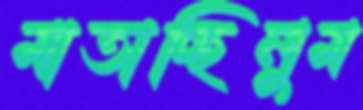
মাতাচ্ছিলুম